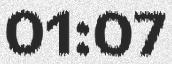
01:07